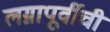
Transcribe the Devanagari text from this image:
लग्नापूर्वीची